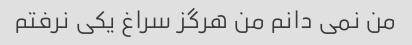
من نمی دانم من هرگز سراغ یکی نرفتم